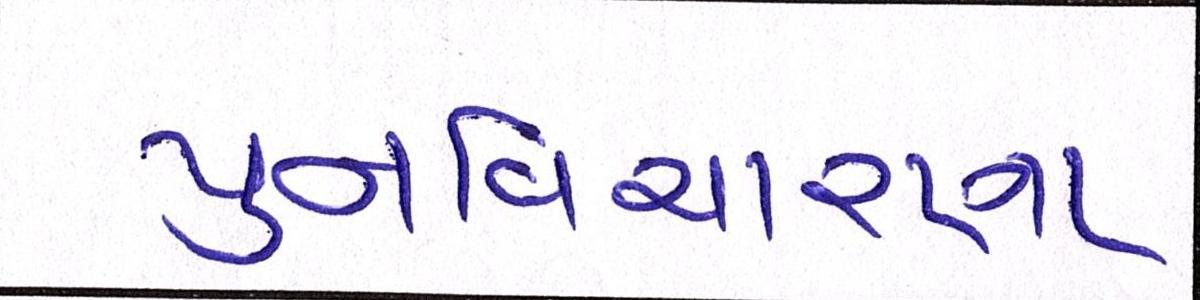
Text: પુનઃવિચારણા